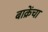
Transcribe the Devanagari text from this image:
बाक्रेंचा